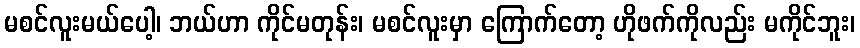
မစင်လူးမယ်ပေါ့၊ ဘယ်ဟာ ကိုင်မတုန်း၊ မစင်လူးမှာ ကြောက်တော့ ဟိုဖက်ကိုလည်း မကိုင်ဘူး၊